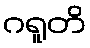
ဂရူတိ